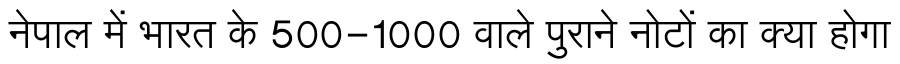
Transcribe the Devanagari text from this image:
नेपाल में भारत के 500-1000 वाले पुराने नोटों का क्या होगा